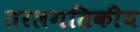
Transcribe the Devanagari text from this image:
तरलगतिकीय